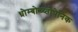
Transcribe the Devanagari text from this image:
थ्रोम्बोच्य्तोपेनिक